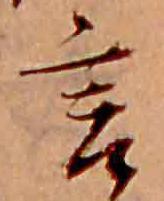
言